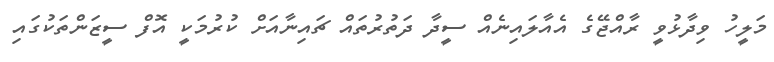
މަލީހު ވިދާޅުވީ ރާއްޖޭގެ އެއާލައިނެއް ސީދާ ދަތުރުތައް ޗައިނާއަށް ކުރުމަކީ އޮފް ސީޒަންތަކުގައި